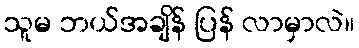
သူမ ဘယ်အချိန် ပြန် လာမှာလဲ။